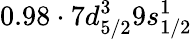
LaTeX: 0.98\cdot 7d_{5/2}^{3}9s_{1/2}^{1}